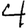
Digit: 4